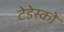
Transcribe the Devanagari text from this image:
टेडेस्को